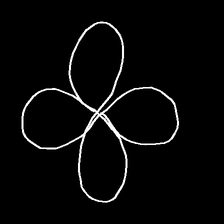
Glyph: billowing